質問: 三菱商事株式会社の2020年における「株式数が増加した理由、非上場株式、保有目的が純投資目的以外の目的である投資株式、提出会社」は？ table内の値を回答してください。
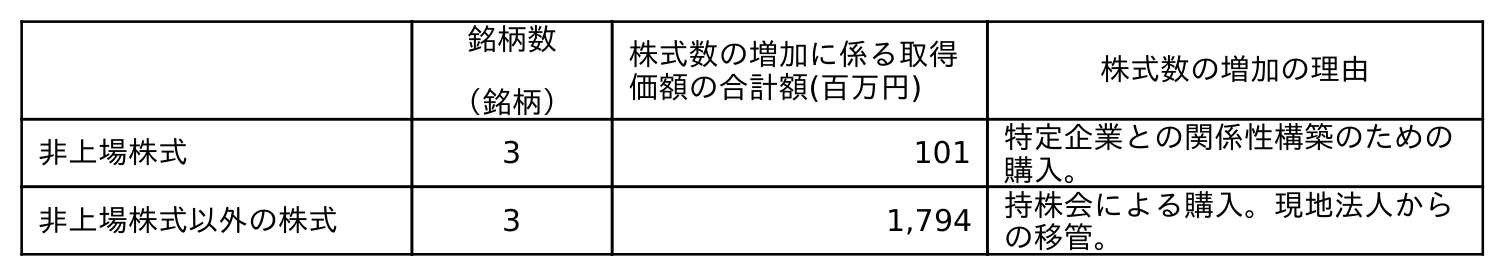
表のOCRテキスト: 銘柄数 （銘柄） 株式数の増加に係る取得 価額の合計額(百万円) 株式数の増加の理由 非上場株式 3 101 特定企業との関係性構築のための 購入。 非上場株式以外の株式 3 1,794 持株会による購入。現地法人から の移管。
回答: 特定企業との関係性構築のための購入。